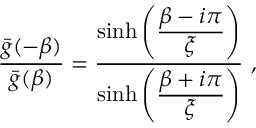
{ \frac { { \bar { g } } ( - \beta ) } { { \bar { g } } ( \beta ) } } = { \frac { \sinh \left( { \frac { \displaystyle \beta - i \pi } { \displaystyle \xi } } \right) } { \sinh \left( { \frac { \displaystyle \beta + i \pi } { \displaystyle \xi } } \right) } } \ ,